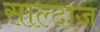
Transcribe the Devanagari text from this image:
साल्दाज